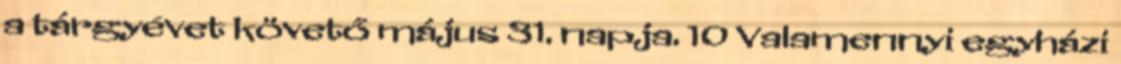
a tárgyévet követő május 31. napja. 10 Valamennyi egyházi